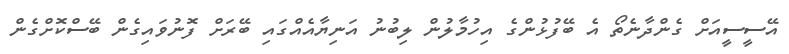
އޭސީސީއަށް ގެންދާނެތޯ އެ ބޭފުޅުންގެ އިހުމާލުން ލިބުނު އަނިޔާއެއްގައި ބޭރަށް ފޮނުވައިގެން ބޭސްކޮށްގެން